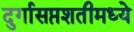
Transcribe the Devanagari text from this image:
दुर्गासप्तशतीमध्ये